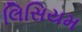
લિસિયમ